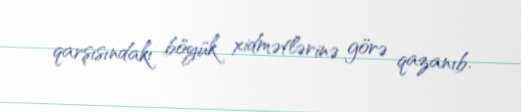
qarşısındakı böyük xidmətlərinə görə qazanıb.